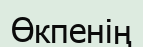
Өкпенің